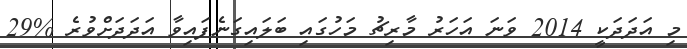
މި އަދަދަކީ 2014 ވަނަ އަހަރު މާރިޗު މަހުގައި ބަލައިގަނެފައިވާ އަދަދަށްވުރެ %29